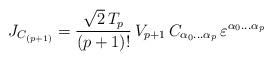
LaTeX: \begin{align*}J_{C_{(p+1)}} = \frac{\sqrt{2}\,T_p}{(p+1)!}\,V_{p+1}\,C_{\alpha_0\ldots\alpha_p}\,\varepsilon^{\alpha_0\ldots\alpha_p}\end{align*}